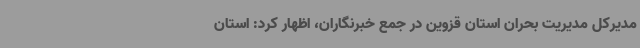
مدیرکل مدیریت بحران استان قزوین در جمع خبرنگاران، اظهار کرد: استان